Source: Handwritten
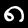
Digit: ၈ (8)